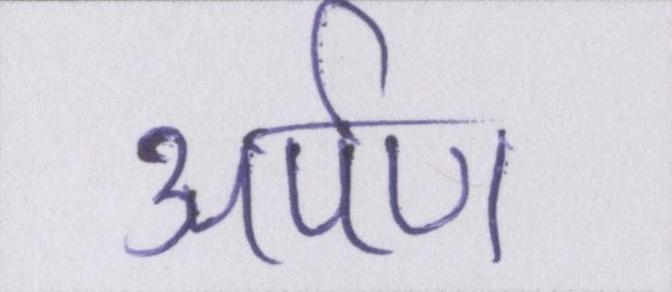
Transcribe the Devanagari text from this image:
अर्पण